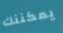
يمكننك